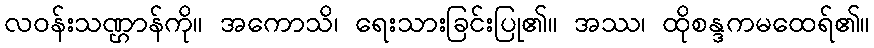
လဝန်းသဏ္ဌာန်ကို။ အကောသိ၊ ရေးသားခြင်းပြု၏။ အဿ၊ ထိုစန္ဒကမထေရ်၏။